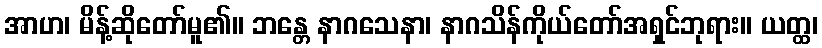
အာဟ၊ မိန့်ဆိုတော်မူ၏။ ဘန္တေ နာဂသေနာ၊ နာဂသိန်ကိုယ်တော်အရှင်ဘုရား။ ယတ္ထ၊